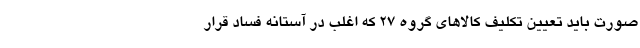
صورت باید تعیین تکلیف کالاهای گروه ۲۷ که اغلب در آستانه فساد قرار